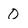
Character: O